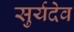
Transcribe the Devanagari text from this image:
सुर्यदेव